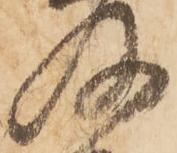
及